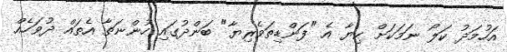
އަހުމަދު ކަލޯ ނަމަކަށް ކިޔާ އެ "ފަންޑިތަވެރިޔާ" ބަންދުގައި ހުންނަތާ އެތައް ދުވަހެއް